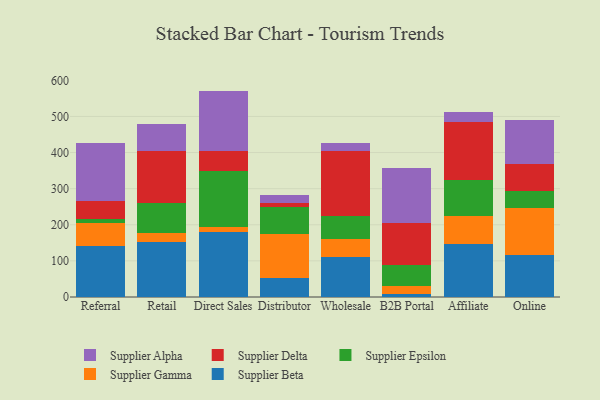
{"axis": {"x": "Channel", "y": "Energy Usage (MWh)"}, "legend": ["Supplier Alpha", "Supplier Beta", "Supplier Delta", "Supplier Epsilon", "Supplier Gamma"], "data": [{"x": "Referral", "y": 140.4, "type": "Supplier Beta"}, {"x": "Referral", "y": 65.9, "type": "Supplier Gamma"}, {"x": "Referral", "y": 9.8, "type": "Supplier Epsilon"}, {"x": "Referral", "y": 48.4, "type": "Supplier Delta"}, {"x": "Referral", "y": 162.7, "type": "Supplier Alpha"}, {"x": "Retail", "y": 153.6, "type": "Supplier Beta"}, {"x": "Retail", "y": 24.4, "type": "Supplier Gamma"}, {"x": "Retail", "y": 82.4, "type": "Supplier Epsilon"}, {"x": "Retail", "y": 143.8, "type": "Supplier Delta"}, {"x": "Retail", "y": 74.5, "type": "Supplier Alpha"}, {"x": "Direct Sales", "y": 178.8, "type": "Supplier Beta"}, {"x": "Direct Sales", "y": 15.6, "type": "Supplier Gamma"}, {"x": "Direct Sales", "y": 154.9, "type": "Supplier Epsilon"}, {"x": "Direct Sales", "y": 55.7, "type": "Supplier Delta"}, {"x": "Direct Sales", "y": 165.9, "type": "Supplier Alpha"}, {"x": "Distributor", "y": 52.0, "type": "Supplier Beta"}, {"x": "Distributor", "y": 121.1, "type": "Supplier Gamma"}, {"x": "Distributor", "y": 76.6, "type": "Supplier Epsilon"}, {"x": "Distributor", "y": 11.9, "type": "Supplier Delta"}, {"x": "Distributor", "y": 21.4, "type": "Supplier Alpha"}, {"x": "Wholesale", "y": 109.6, "type": "Supplier Beta"}, {"x": "Wholesale", "y": 49.8, "type": "Supplier Gamma"}, {"x": "Wholesale", "y": 66.3, "type": "Supplier Epsilon"}, {"x": "Wholesale", "y": 179.2, "type": "Supplier Delta"}, {"x": "Wholesale", "y": 22.4, "type": "Supplier Alpha"}, {"x": "B2B Portal", "y": 7.2, "type": "Supplier Beta"}, {"x": "B2B Portal", "y": 22.5, "type": "Supplier Gamma"}, {"x": "B2B Portal", "y": 60.1, "type": "Supplier Epsilon"}, {"x": "B2B Portal", "y": 114.8, "type": "Supplier Delta"}, {"x": "B2B Portal", "y": 154.0, "type": "Supplier Alpha"}, {"x": "Affiliate", "y": 147.4, "type": "Supplier Beta"}, {"x": "Affiliate", "y": 77.1, "type": "Supplier Gamma"}, {"x": "Affiliate", "y": 99.5, "type": "Supplier Epsilon"}, {"x": "Affiliate", "y": 160.1, "type": "Supplier Delta"}, {"x": "Affiliate", "y": 29.0, "type": "Supplier Alpha"}, {"x": "Online", "y": 117.2, "type": "Supplier Beta"}, {"x": "Online", "y": 128.8, "type": "Supplier Gamma"}, {"x": "Online", "y": 47.7, "type": "Supplier Epsilon"}, {"x": "Online", "y": 75.5, "type": "Supplier Delta"}, {"x": "Online", "y": 119.7, "type": "Supplier Alpha"}]}